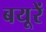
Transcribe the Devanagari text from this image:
बयूरें